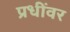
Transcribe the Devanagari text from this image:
प्रधींवर